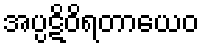
အပ္ပဋိဝိရတာယေဝ